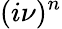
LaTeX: (i\nu)^{n}